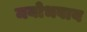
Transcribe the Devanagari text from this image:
मयोभवाय